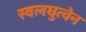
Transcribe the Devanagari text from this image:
स्वलघुत्वेन